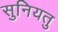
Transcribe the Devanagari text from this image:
सुनियतु